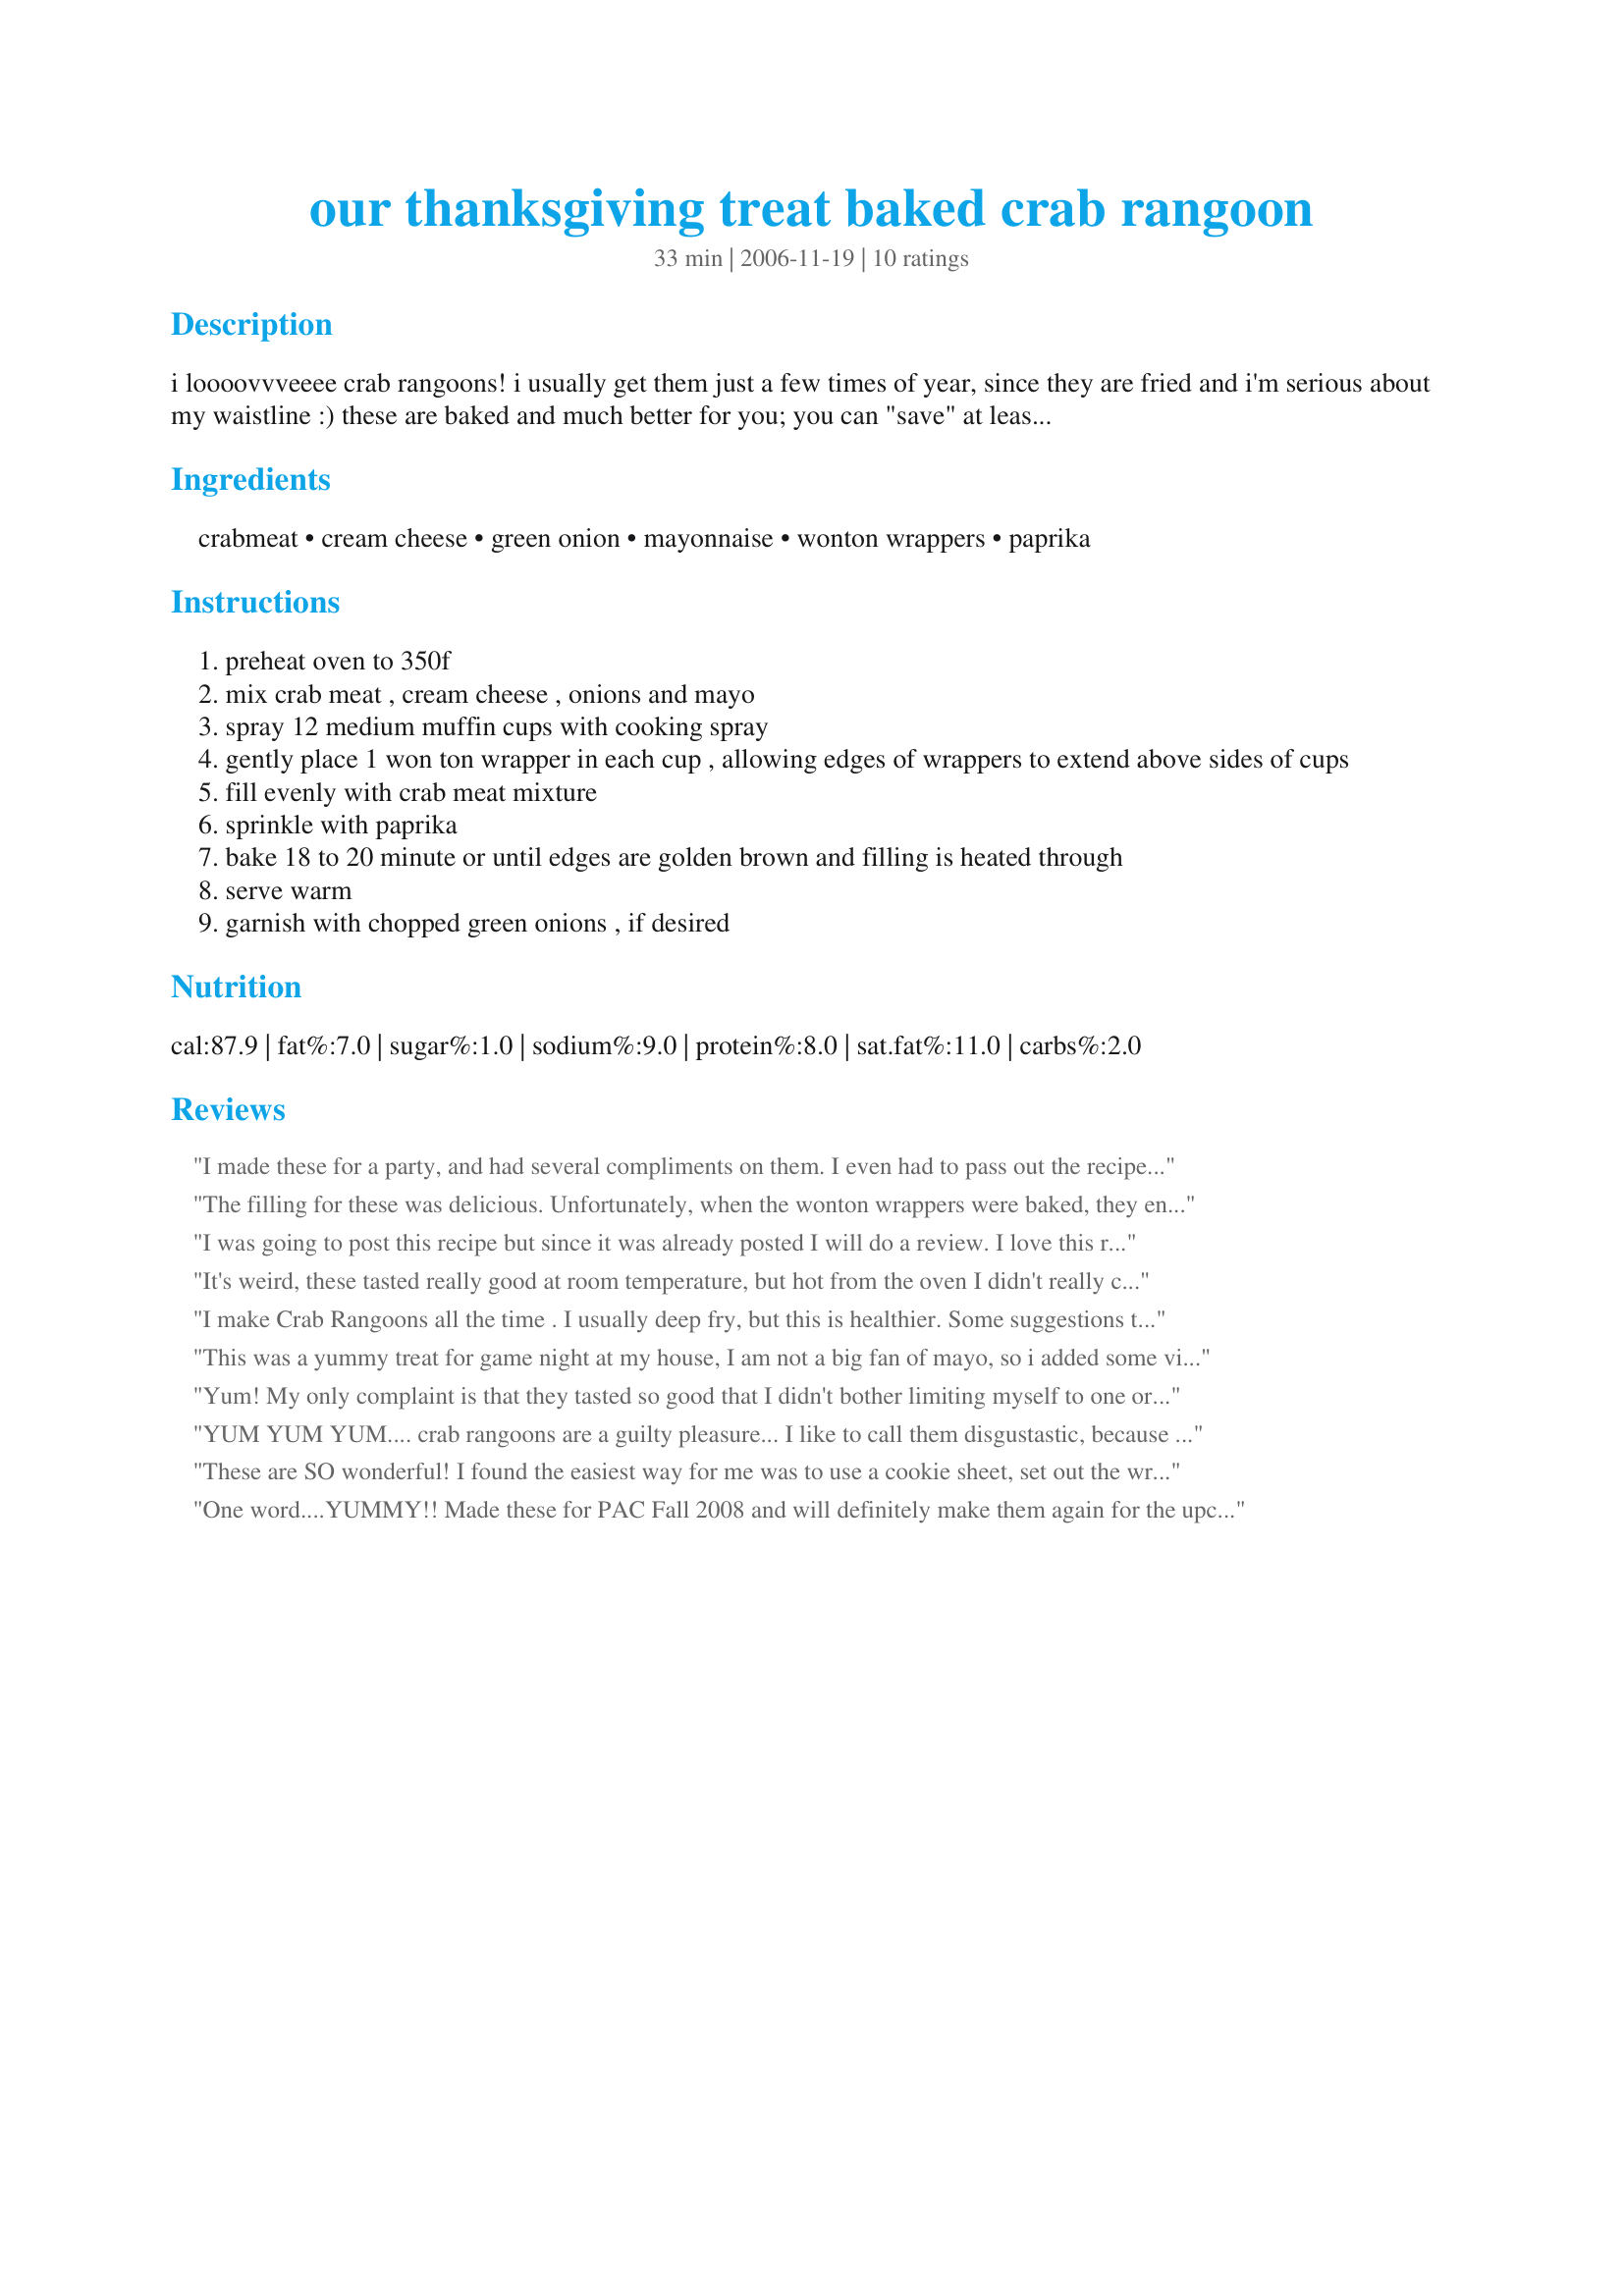
our thanksgiving treat baked crab rangoon
Preparation time: 33 minutes

i loooovvveeee crab rangoons! i usually get them just a few times of year, since they are fried and i'm serious about my waistline :) these are baked and much better for you; you can "save" at least 80 calories on each crab rangoon. so enjoy and make them often!

Ingredients:
crabmeat, cream cheese, green onion, mayonnaise, wonton wrappers, paprika

Steps:
preheat oven to 350f
mix crab meat , cream cheese , onions and mayo
spray 12 medium muffin cups with cooking spray
gently place 1 won ton wrapper in each cup , allowing edges of wrappers to extend above sides of cups
fill evenly with crab meat mixture
sprinkle with paprika
bake 18 to 20 minute or until edges are golden brown and filling is heated through
serve warm
garnish with chopped green onions , if desired

Reviews:
I made these for a party, and had several compliments on them. I even had to pass out the recipe! I thought they were very good.
The filling for these was delicious. Unfortunately, when the wonton wrappers were baked, they ended up tough and flavorless. The filling is so good I might try fiddling with it so I like the wonton wrapper better. I was thinking possibly using two wrappers and brushing the wrapper with oil, or something like that.
I was going to post this recipe but since it was already posted I will do a review. I love this recipe as have my guests. It is very popular around our house. I have handed out the recipe many times. So very easy to make and so very tasty. This is on my appetizer list for the holidays and I know we will enjoy.
It's weird, these tasted really good at room temperature, but hot from the oven I didn't really care for the flavor. So four stars for the room-temp version!
I make Crab Rangoons all the time . I usually deep fry, but this is healthier. Some suggestions though. You should egg wash the wantons on each side. Also add worschester ...not to much just a dash or two. Honestly, the mayo is not necessary just the cream cheese.
This was a yummy treat for game night at my house, I am not a big fan of mayo, so i added some vinegar in its place and it came out great. Thanks for the recipe!
Yum! My only complaint is that they tasted so good that I didn't bother limiting myself to one or two.

The second time I tried this recipe, I put less filling inside and closed the corners just like the way traditional ragoons are made. I liked it a little better with the corners closed because it made dipping much easier.

Thanks for sharing!
YUM YUM YUM.... crab rangoons are a guilty pleasure... I like to call them disgustastic, because they are so bad for you but so gooooood! Baking them saves on all the guilt. These were fantastic. I added just a dash of worcestorshire sauce for tang! Thanks.. this was great!
These are SO wonderful! I found the easiest way for me was to use a cookie sheet, set out the wrapper, fill with a dollop of the cream cheese mixture, then fold up the four corners, (I didn't seal with egg or water, I just let the corners sort of stick to the cream cheese mixture.) Loved, loved, loved--will make often! I think these actually taste better than the fried variety.
One word....YUMMY!! Made these for PAC Fall 2008 and will definitely make them again for the upcoming holidays. Thanks for sharing!!
